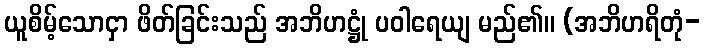
ယူစိမ့်သောငှာ ဖိတ်ခြင်းသည် အဘိဟဋ္ဌုံ ပဝါရေယျ မည်၏။ (အဘိဟရိတုံ-